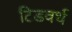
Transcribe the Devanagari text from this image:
टिडवर्थ